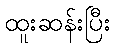
ထူးဆန်းပြီး